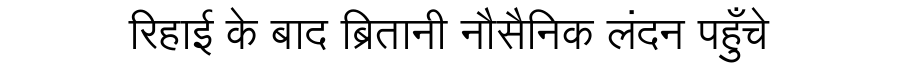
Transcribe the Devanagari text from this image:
रिहाई के बाद ब्रितानी नौसैनिक लंदन पहुँचे